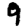
Digit: 9